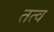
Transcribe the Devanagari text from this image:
तत्व